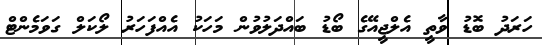
ހަރަދު ބޮޑު ވާތީ އެލްޖީއޭގެ ބޯޑު ބައްދަލުވުން މަހަކު އެއްފަހަރު ލޯކަލް ގަވަމެންޓް